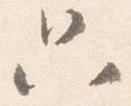
只